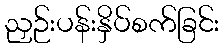
ညှဉ်းပန်းနှိပ်စက်ခြင်း